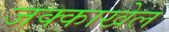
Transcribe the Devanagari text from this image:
जक्काखेल